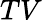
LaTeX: TV